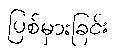
ပြစ်မှားခြင်း